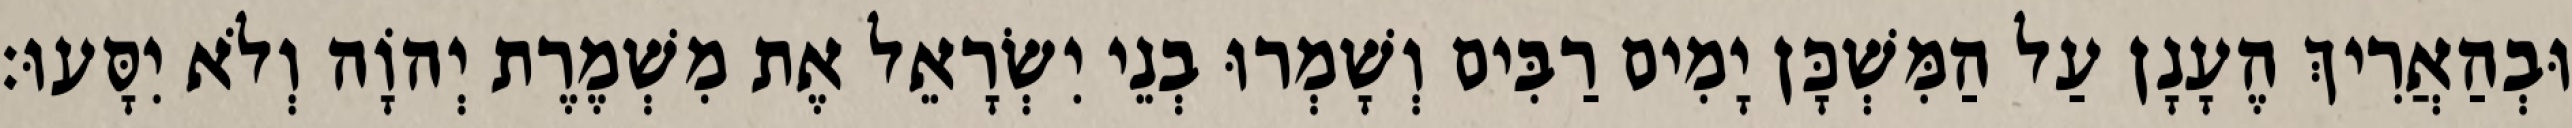
וּבְהַאֲרִיךְ הֶעָנָן עַל הַמִּשְׁכָּן יָמִים רַבִּים וְשָׁמְרוּ בְנֵי יִשְׂרָאֵל אֶת מִשְׁמֶרֶת יְהוָֹה וְלֹא יִסָּעוּ׃